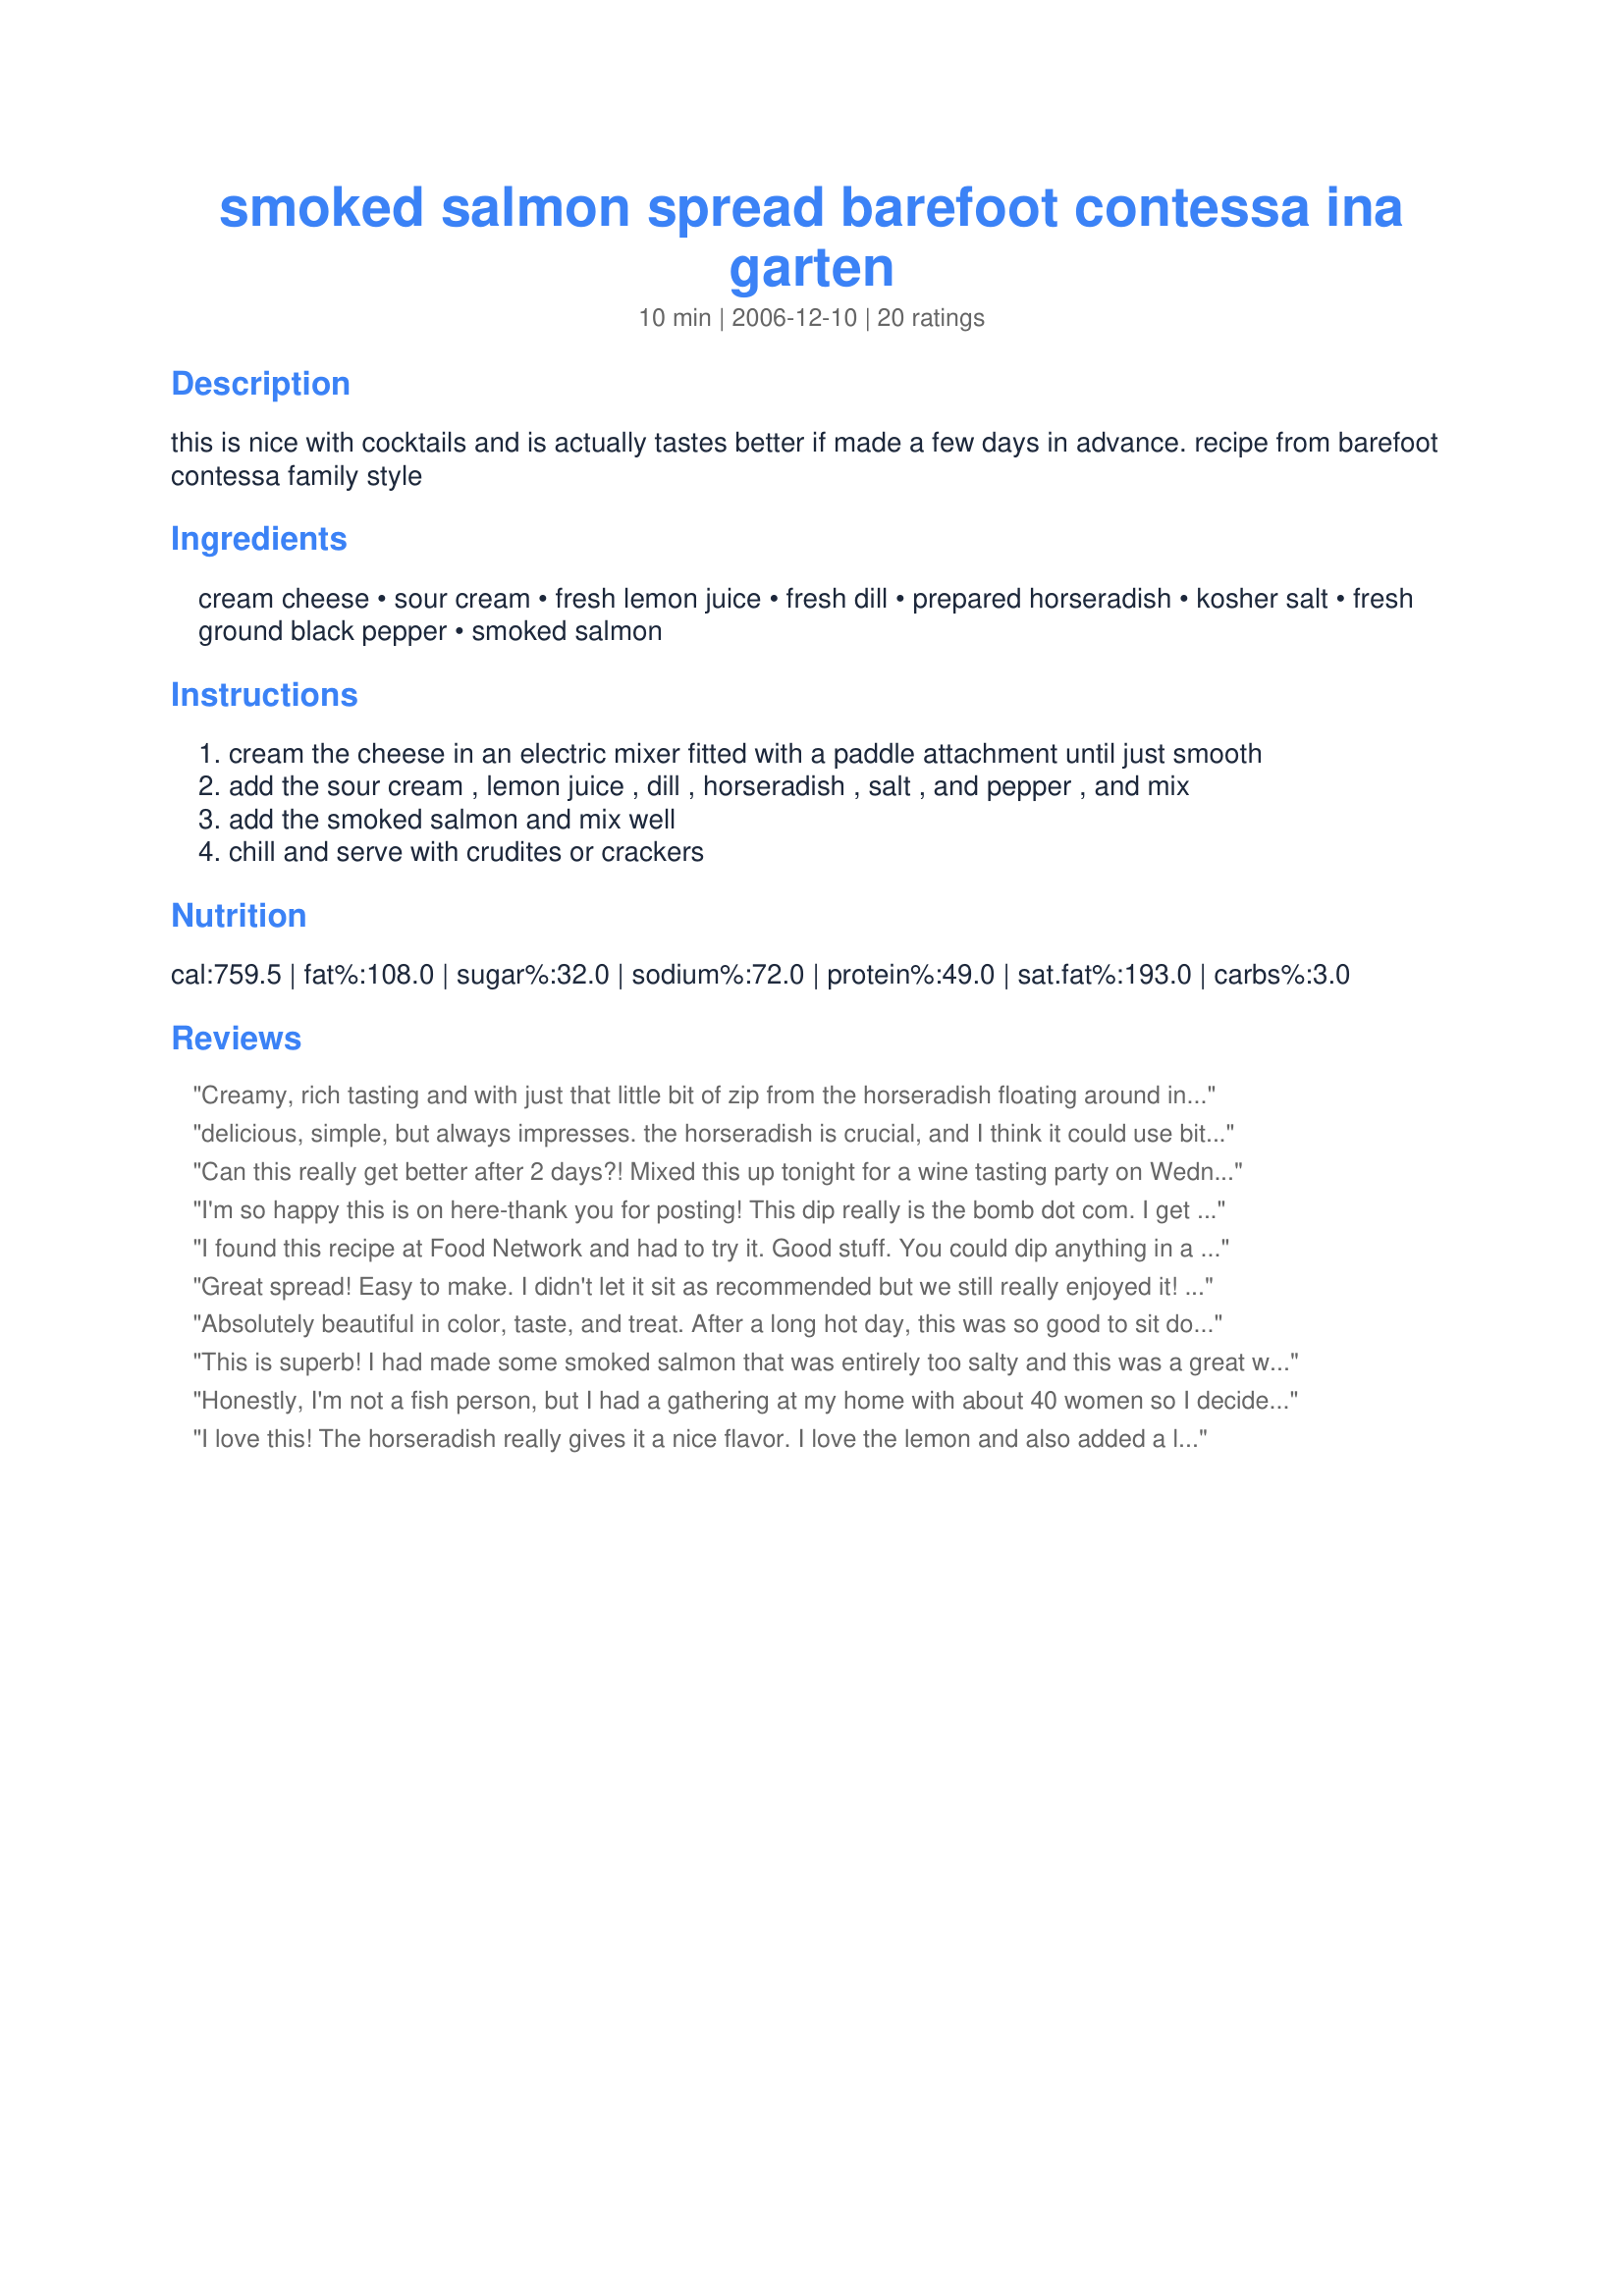
smoked salmon spread barefoot contessa ina garten
Preparation time: 10 minutes

this is nice with cocktails and is actually tastes better if made a few days in advance. recipe from barefoot contessa family style

Ingredients:
cream cheese, sour cream, fresh lemon juice, fresh dill, prepared horseradish, kosher salt, fresh ground black pepper, smoked salmon

Steps:
cream the cheese in an electric mixer fitted with a paddle attachment until just smooth
add the sour cream , lemon juice , dill , horseradish , salt , and pepper , and mix
add the smoked salmon and mix well
chill and serve with crudites or crackers

Reviews:
Creamy, rich tasting and with just that little bit of zip from the horseradish floating around in the background. I appreciated there not being any onion in this as raw onion is one of the few food items I just can't bare to eat and it features in so many dip and salad recipes. I used the reduced fat versions of both the cream cheese and sour cream to allow most of the fat in the dip to be from the healthy fats in the smoked salmon. I had this spread on some rice cakes for my lunch. Made for Zee Zany Zesty Cookz for ZWT6.
delicious, simple, but always impresses. the horseradish is crucial, and I think it could use bit more lemon mysef.
Can this really get better after 2 days?! Mixed this up tonight for a wine tasting party on Wednesday. I can barely hold myself back from licking the bowl! Already it smells and tastes soooo good. Great combination of flavors! I am so glad I found this recipe!
I'm so happy this is on here-thank you for posting! This dip really is the bomb dot com. I get so many compliments on it. I serve it with crustini, but I'm hosting an elegant appetizer party so i'm going to try putting it into cucumber cups. It has beautiful flavors..the lemon, horseradish and salmon together are perfection!
I found this recipe at Food Network and had to try it. Good stuff. You could dip anything in a recipe with a base of cream cheese and sour cream. Thanks for posting!
Great spread! Easy to make. I didn't let it sit as recommended but we still really enjoyed it! Thanks! Made for the Babes of ZWT4.
Absolutely beautiful in color, taste, and treat. After a long hot day, this was so good to sit down and enjoy. I used Nova Scotia thinly sliced smoked salmon, which sat beautifully on cucumbers, capers, red onions and dill. I added fresh horseradish, and wonderfully homemade cream cheese. Mine sat for the day, until evening when all the flavors had come together, and it was a bite from heaven. Thank you so much, cookiedog! Made for *ZWT4* June 2008.
This is superb! I had made some smoked salmon that was entirely too salty and this was a great way to use it (I didn&#039;t add any more salt). Exceptional flavors. And more dill doesn&#039;t hurt either!!
Honestly, I'm not a fish person, but I had a gathering at my home with about 40 women so I decided to try it. Unfortunately, it was the only appetizer that was left on the table and the only one that no one asked for the recipe. I followed the directions exactly as written and made it two days ahead as instructed. Thanks for the recipe.
I love this! The horseradish really gives it a nice flavor. I love the lemon and also added a little lemon zest. Very creamy!
I made this for a baby shower, and everyone loved it, even children! I served it with cucumber slices and mini bagel halves, and it got all eaten. I did adjust the salt, since salmon can be salty, and I added 1/4 tsp. more black pepper, but after that, it was really good! Thanks for posting this recipe, because I noticed it has expired off of the Food Network website.
Delicious! I particularly like the addition of the horseradish. Thank you.
I love smoked salmon, this dip is very tasty. Ive made others but this one tops them all. I think its the lemon juice and the horseradish that makes it sooo good. I chopped the salmon up and then put everything in the food processor nice and easy. Thanks Cookiedog my family really enjoyed this one.
I am in love with this spread. Seriously. Made it exactly how it is listed. It's even better the longer it sits in the fridge; the flavors mingle together really well. Now my mouth is watering...
I made the spread without the smoked salmon.I serve Pacific smoked salmon on the side and added a bit on each cracker as well as capers and chopped onions. Turned out so good; the horseradish surprised me but added a nice flavour.Thanks for posting.
I made this for WT4
This was very good and enjoyed by everyone. Thank you!
I had this at a friend's house and it was great...and I am neither wild about smoke salmon or dill. We had it with corn chips which may not be to the gourmet standards of the Contessa but is very yummy. My friend's father has a smoker and supplied the salmon giving the dip a leap in quality, IMHO. Easy to prepare, my kind of recipe.
Another winner Cookiedog, this was sooo good. We enjoyed it very much. I made this during the Christmas holidays, it was such a hit that I will also be making this tasty tasty spread for New Years' Eve. I let the spread sit for two days before serving. What a delicious intense flavour. The cream cheese, smoked salmon, horseradish and lemon juice really blend well together and the kosher salt, really enhances the flavour. I added 3 tbsps finely minced sweet onion for a garnish. I served this with flatbreads, grain crackers, pita chips and small pieces of sesame bagels. Thanks Cookiedog for sharing this new family favourite that I will be making often. 

I have made this several times now and I must say that we never get tired of it...gets better with age, if it lasts that long...Its a great recipe!
Not sure how you say Yum in Scandinavian - but this was yum! Very simple to make and was great with crackers. I added a little more horseradish just because I really like the zing. Thanks cookiedog for a nice treat. Made by a fellow Unruly Under the Influence for ZWT6.
This recipe caught my eye because the write up on the internet claimed it used ingredients you have around the house. I don't have smoked salmon nor fresh dill laying around the house so I had to substitute. I used a 5oz can of skinless boneless salmon. I drained it well and flaked it in to a bowl. I added a few drops of liquid smoke and let it set for about an hour. I used 1/2tsp of dill weed in place of the fresh dill. I added 1/2tsp smoked paprika and a few drops of Frank's hot sauce to add a little bite. The horseradish is a nice touch. It went over very well. I'll go by the recipe the next time I smoke a salmon and fresh dill is available.
